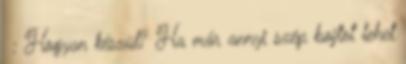
♥: Hogyan készül? Ha már annyi szép bojtot lehet